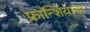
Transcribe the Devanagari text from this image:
फ्रान्शियाचा